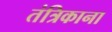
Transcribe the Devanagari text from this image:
तंत्रिकाना